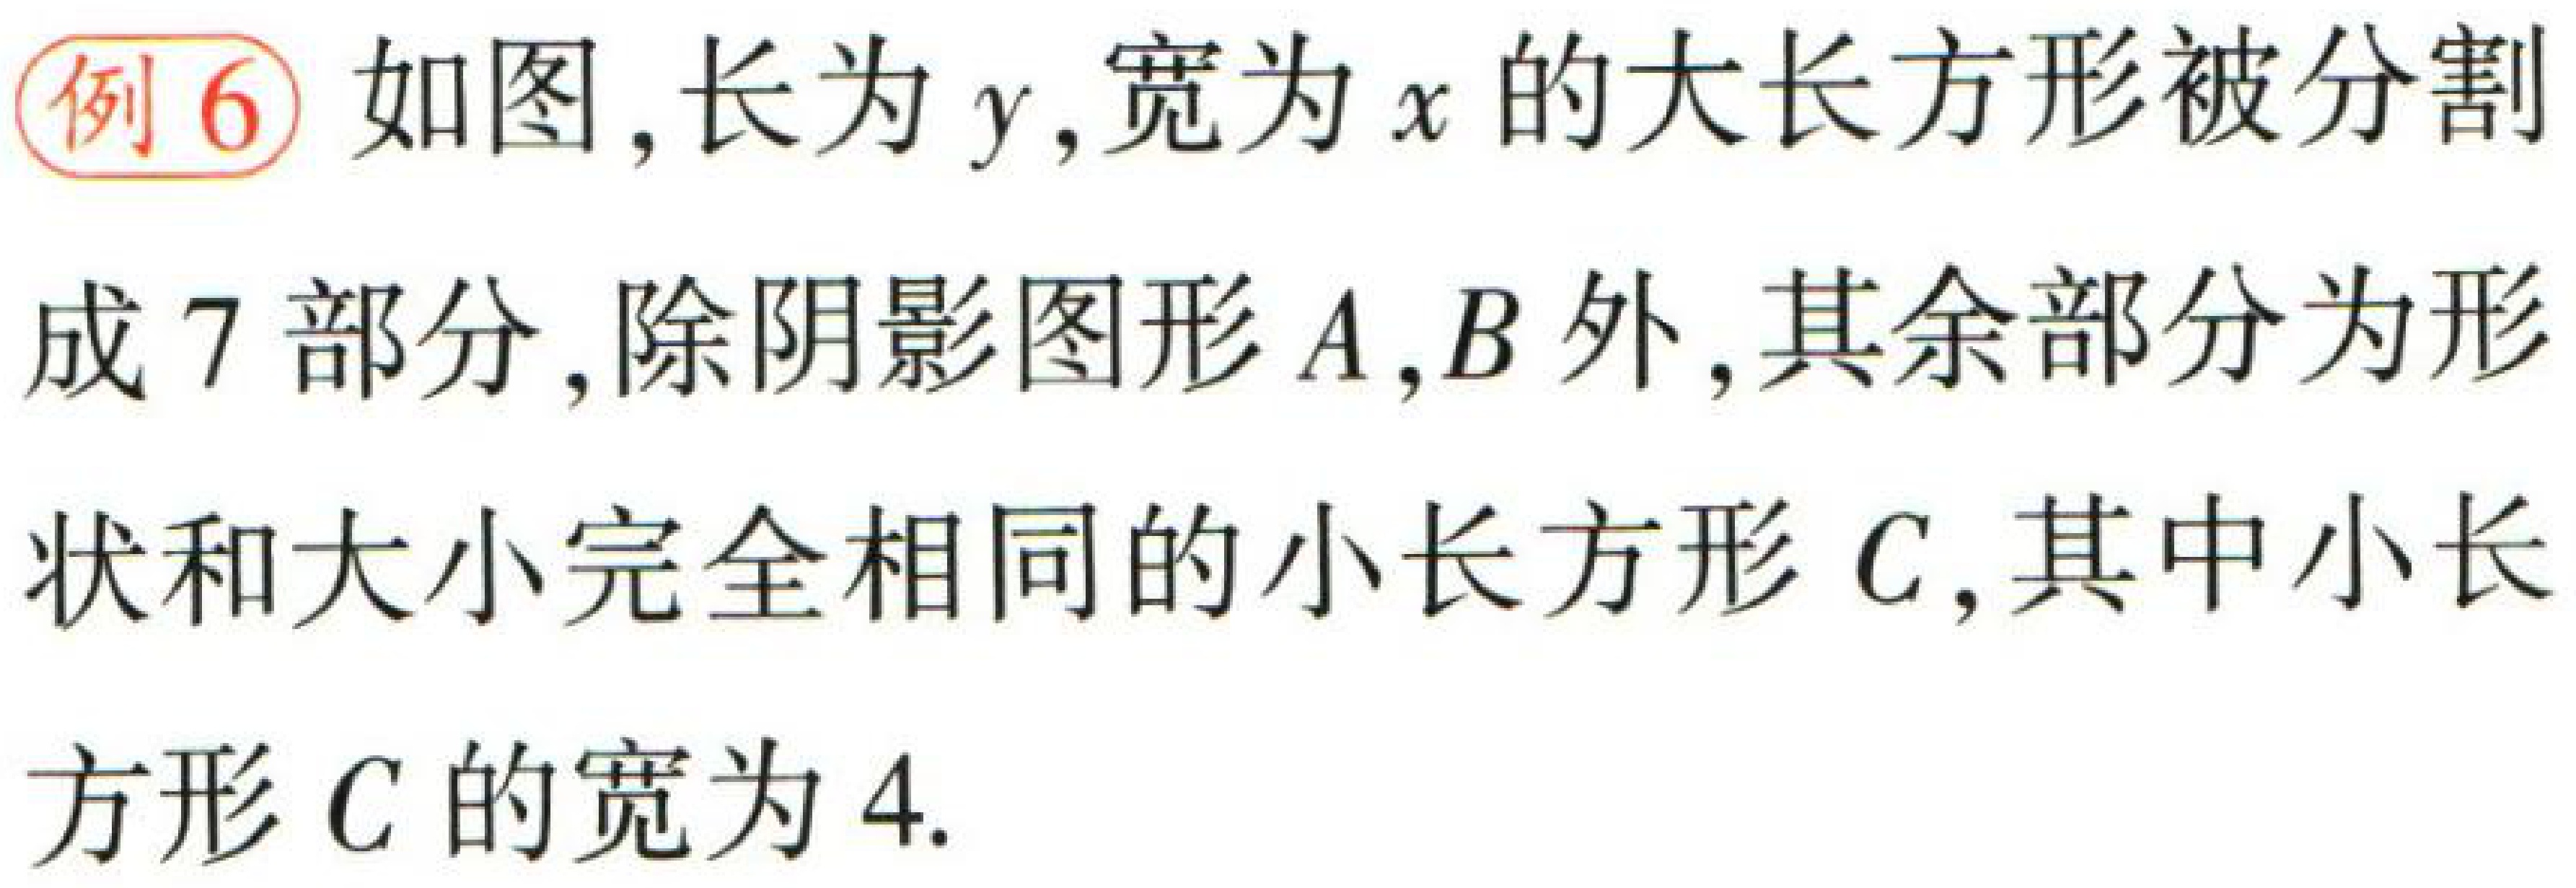
例6 如图，长为\(y\)，宽为\(x\)的大长方形被分割成7部分，除阴影图形\(A,B\)外，其余部分为形状和大小完全相同的小长方形\(C\)，其中小长方形\(C\)的宽为4.